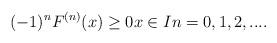
LaTeX: \begin{align*}(-1)^{n}F^{(n)}(x)\geq 0x\in In=0,1,2,....\end{align*}